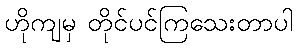
ဟိုကျမှ တိုင်ပင်ကြသေးတာပါ